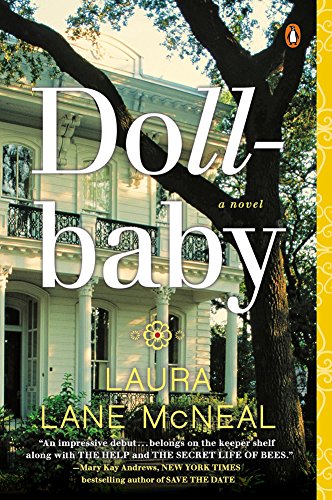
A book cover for Dollbaby: A Novel; Laura Lane McNeal; Literature & Fiction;